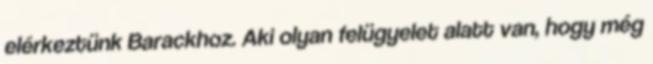
elérkeztünk Barackhoz. Aki olyan felügyelet alatt van, hogy még